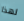
لهذا